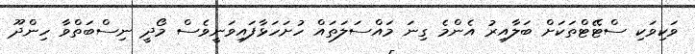
ވަކިވަކި ސްޓޭޓްތަކަށް ބަލާއިރު އެންމެ ގިނަ މައްސަލަތައް ހުށަހަޅާފައިވަނީވެސް މޯދީ ނިސްބަތްވާ ހިންދޫ